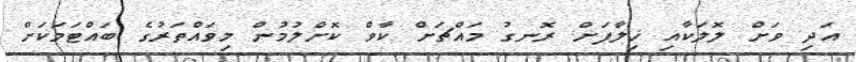
އަދި ވަށް ލޮލަކާއި ޚިލާފަށް ރޮނގު މައްޗަށް ކާވް ކޮށްލުމުން މިވައްތަރުގެ ބައްޓަމަކަށް